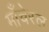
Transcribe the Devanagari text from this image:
माँचेरल